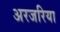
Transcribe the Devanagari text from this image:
अरजरिया